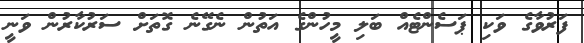
ފަރުވާގެ ވަކި ޕަސެންޓެއް ބަލި މީހުންގެ އަތުން ނެގޭނެ ގޮތަށް ސަރުކާރުން ވަނީ